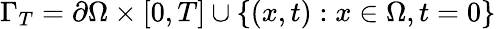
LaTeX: \Gamma_{T}=\partial\Omega\times[0,T]\cup\{ (x,t):x\in\Omega,t=0\}